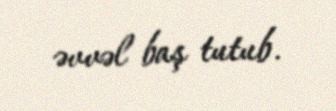
əvvəl baş tutub.